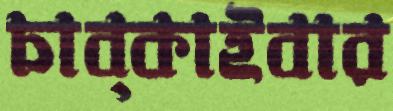
চাব্‌কাইবার